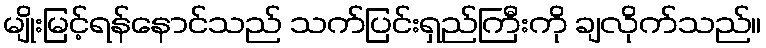
မျိုးမြင့်ရန်နောင်သည် သက်ပြင်းရှည်ကြီးကို ချလိုက်သည်။